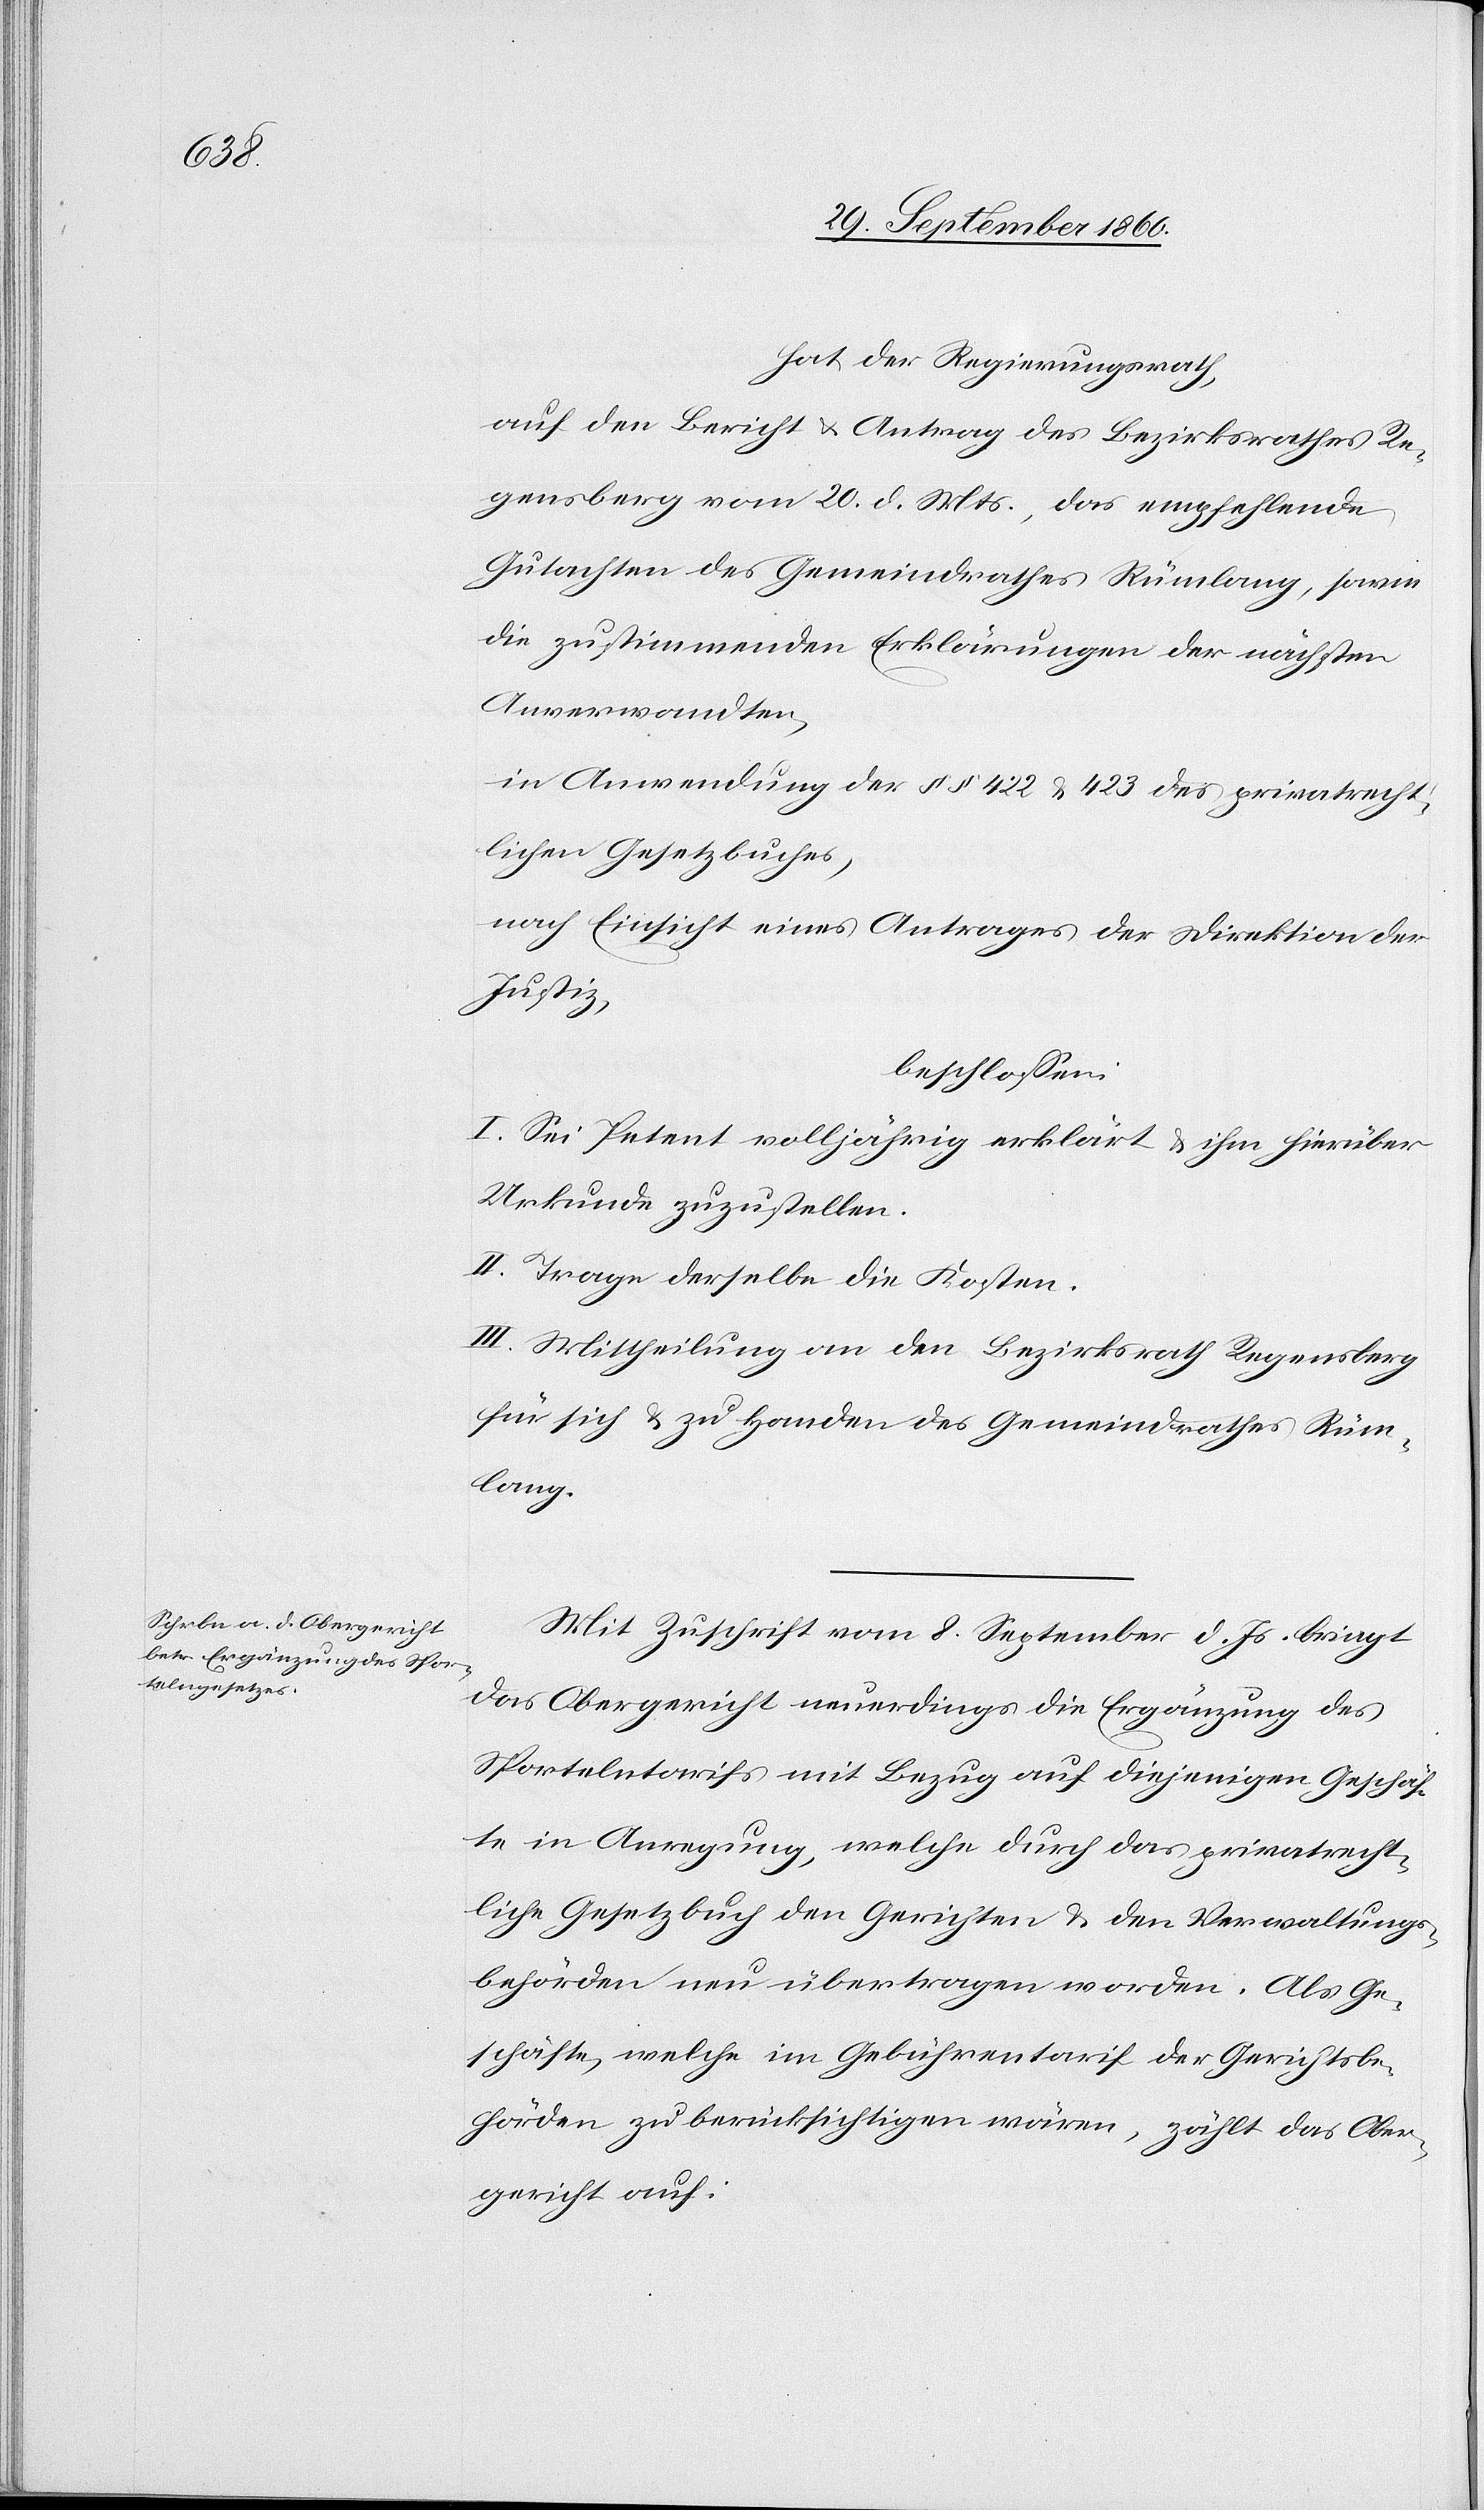
hat der Regierungsrath,
auf den Bericht u. Antrag des Bezirksrathes Re¬
gensberg vom 20. d. Mts., das empfehlende
Gutachten des Gemeindrathes Rümlang, sowie
die zustimmenden Erklärungen der nächsten
Anverwandten,
in Anwendung der §§ 422 u. 423 des privatrecht¬
lichen Gesetzbuches,
nach Einsicht eines Antrages der Direktion der
Justiz,
beschlossen:
I. Sei Petent volljährig erklärt u. ihm hierüber
Urkunde zuzustellen.
II. Trage derselbe die Kosten.
III. Mittheilung an den Bezirksrath Regensberg
für sich u. zu Handen des Gemeindrathes Rüm¬
lang.
Mit Zuschrift vom 8. September d. Js. bringt
das Obergericht neuerdings die Ergänzung des
Sportelntarifs mit Bezug auf diejenigen Geschäf¬
te in Anregung, welche durch das privatrecht¬
liche Gesetzbuch den Gerichten u. den Verwaltungs¬
behörden neu übertragen worden. Als Ge¬
schäfte, welche im Gebührentarif der Gerichtsbe¬
hörden zu berücksichtigen wären, zählt das Ober¬
gericht auf: